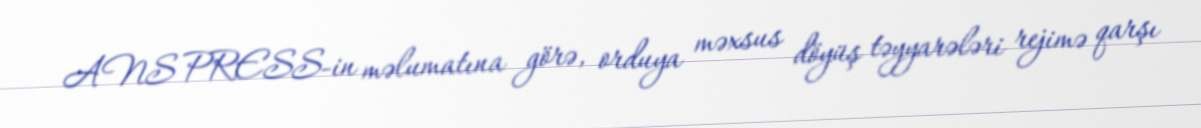
ANS PRESS-in məlumatına görə, orduya məxsus döyüş təyyarələri rejimə qarşı